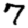
Digit: 7